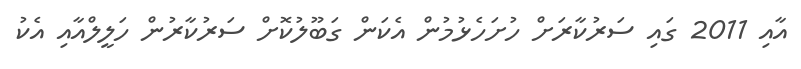
އާއި 2011 ގައި ސަރުކާރަށް ހުށަހެޅުމުން އެކަން ގަބޫލުކޮށް ސަރުކާރުން ހަލީލްއާއި އެކު